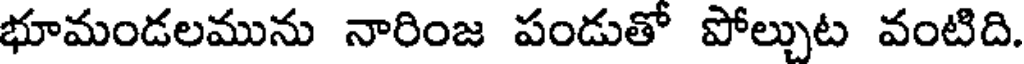
భూమండలమును నారింజ పండుతో పోల్చుట వంటిది.